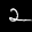
Label: 2